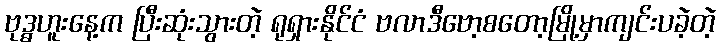
ဗုဒ္ဓဟူးနေ့က ပြီးဆုံးသွားတဲ့ ရုရှားနိုင်ငံ ဗလာဒီဗော့စတော့မြို့မှာကျင်းပခဲ့တဲ့